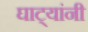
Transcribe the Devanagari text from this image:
घाट्यांनी